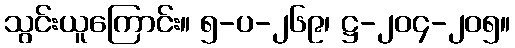
သွင်းယူကြောင်း။ ၅-ပ-၂၆၉၊ ဋ္ဌ-၂၀၄-၂၀၅။